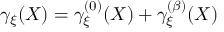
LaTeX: \gamma _ { \xi } ( X ) = \gamma _ { \xi } ^ { ( 0 ) } ( X ) + \gamma _ { \xi } ^ { ( \beta ) } ( X )